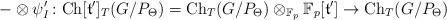
LaTeX: \begin{align*}-\otimes\psi'_{I}\colon \mathrm{Ch}[\mathfrak{t}']_T(G/P_\Theta)=\mathrm{Ch}_T(G/P_\Theta)\otimes_{\mathbb{F}_p}{\mathbb{F}_p[\mathfrak{t}']} \to \mathrm{Ch}_T(G/P_\Theta)\end{align*}